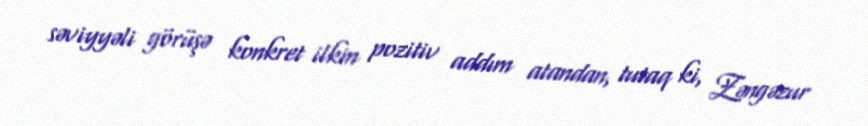
səviyyəli görüşə konkret ilkin pozitiv addım atandan, tutaq ki, Zəngəzur